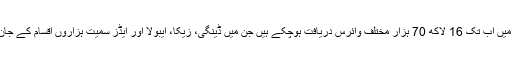
واضح رہے کہ مختلف جانوروں میں اب تک 16 لاکھ 70 ہزار مختلف وائرس دریافت ہوچکے ہیں جن میں ڈینگی، زیکا، ایبولا اور ایڈز سمیت ہزاروں اقسام کے جان لیوا اور مہلک وائرس شامل ہیں۔